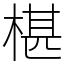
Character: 椹